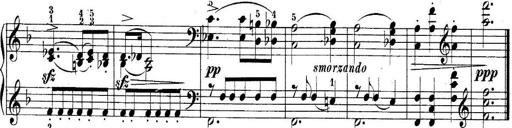
Title: 10 Sonatines progressives
Composer: Anton Schmoll